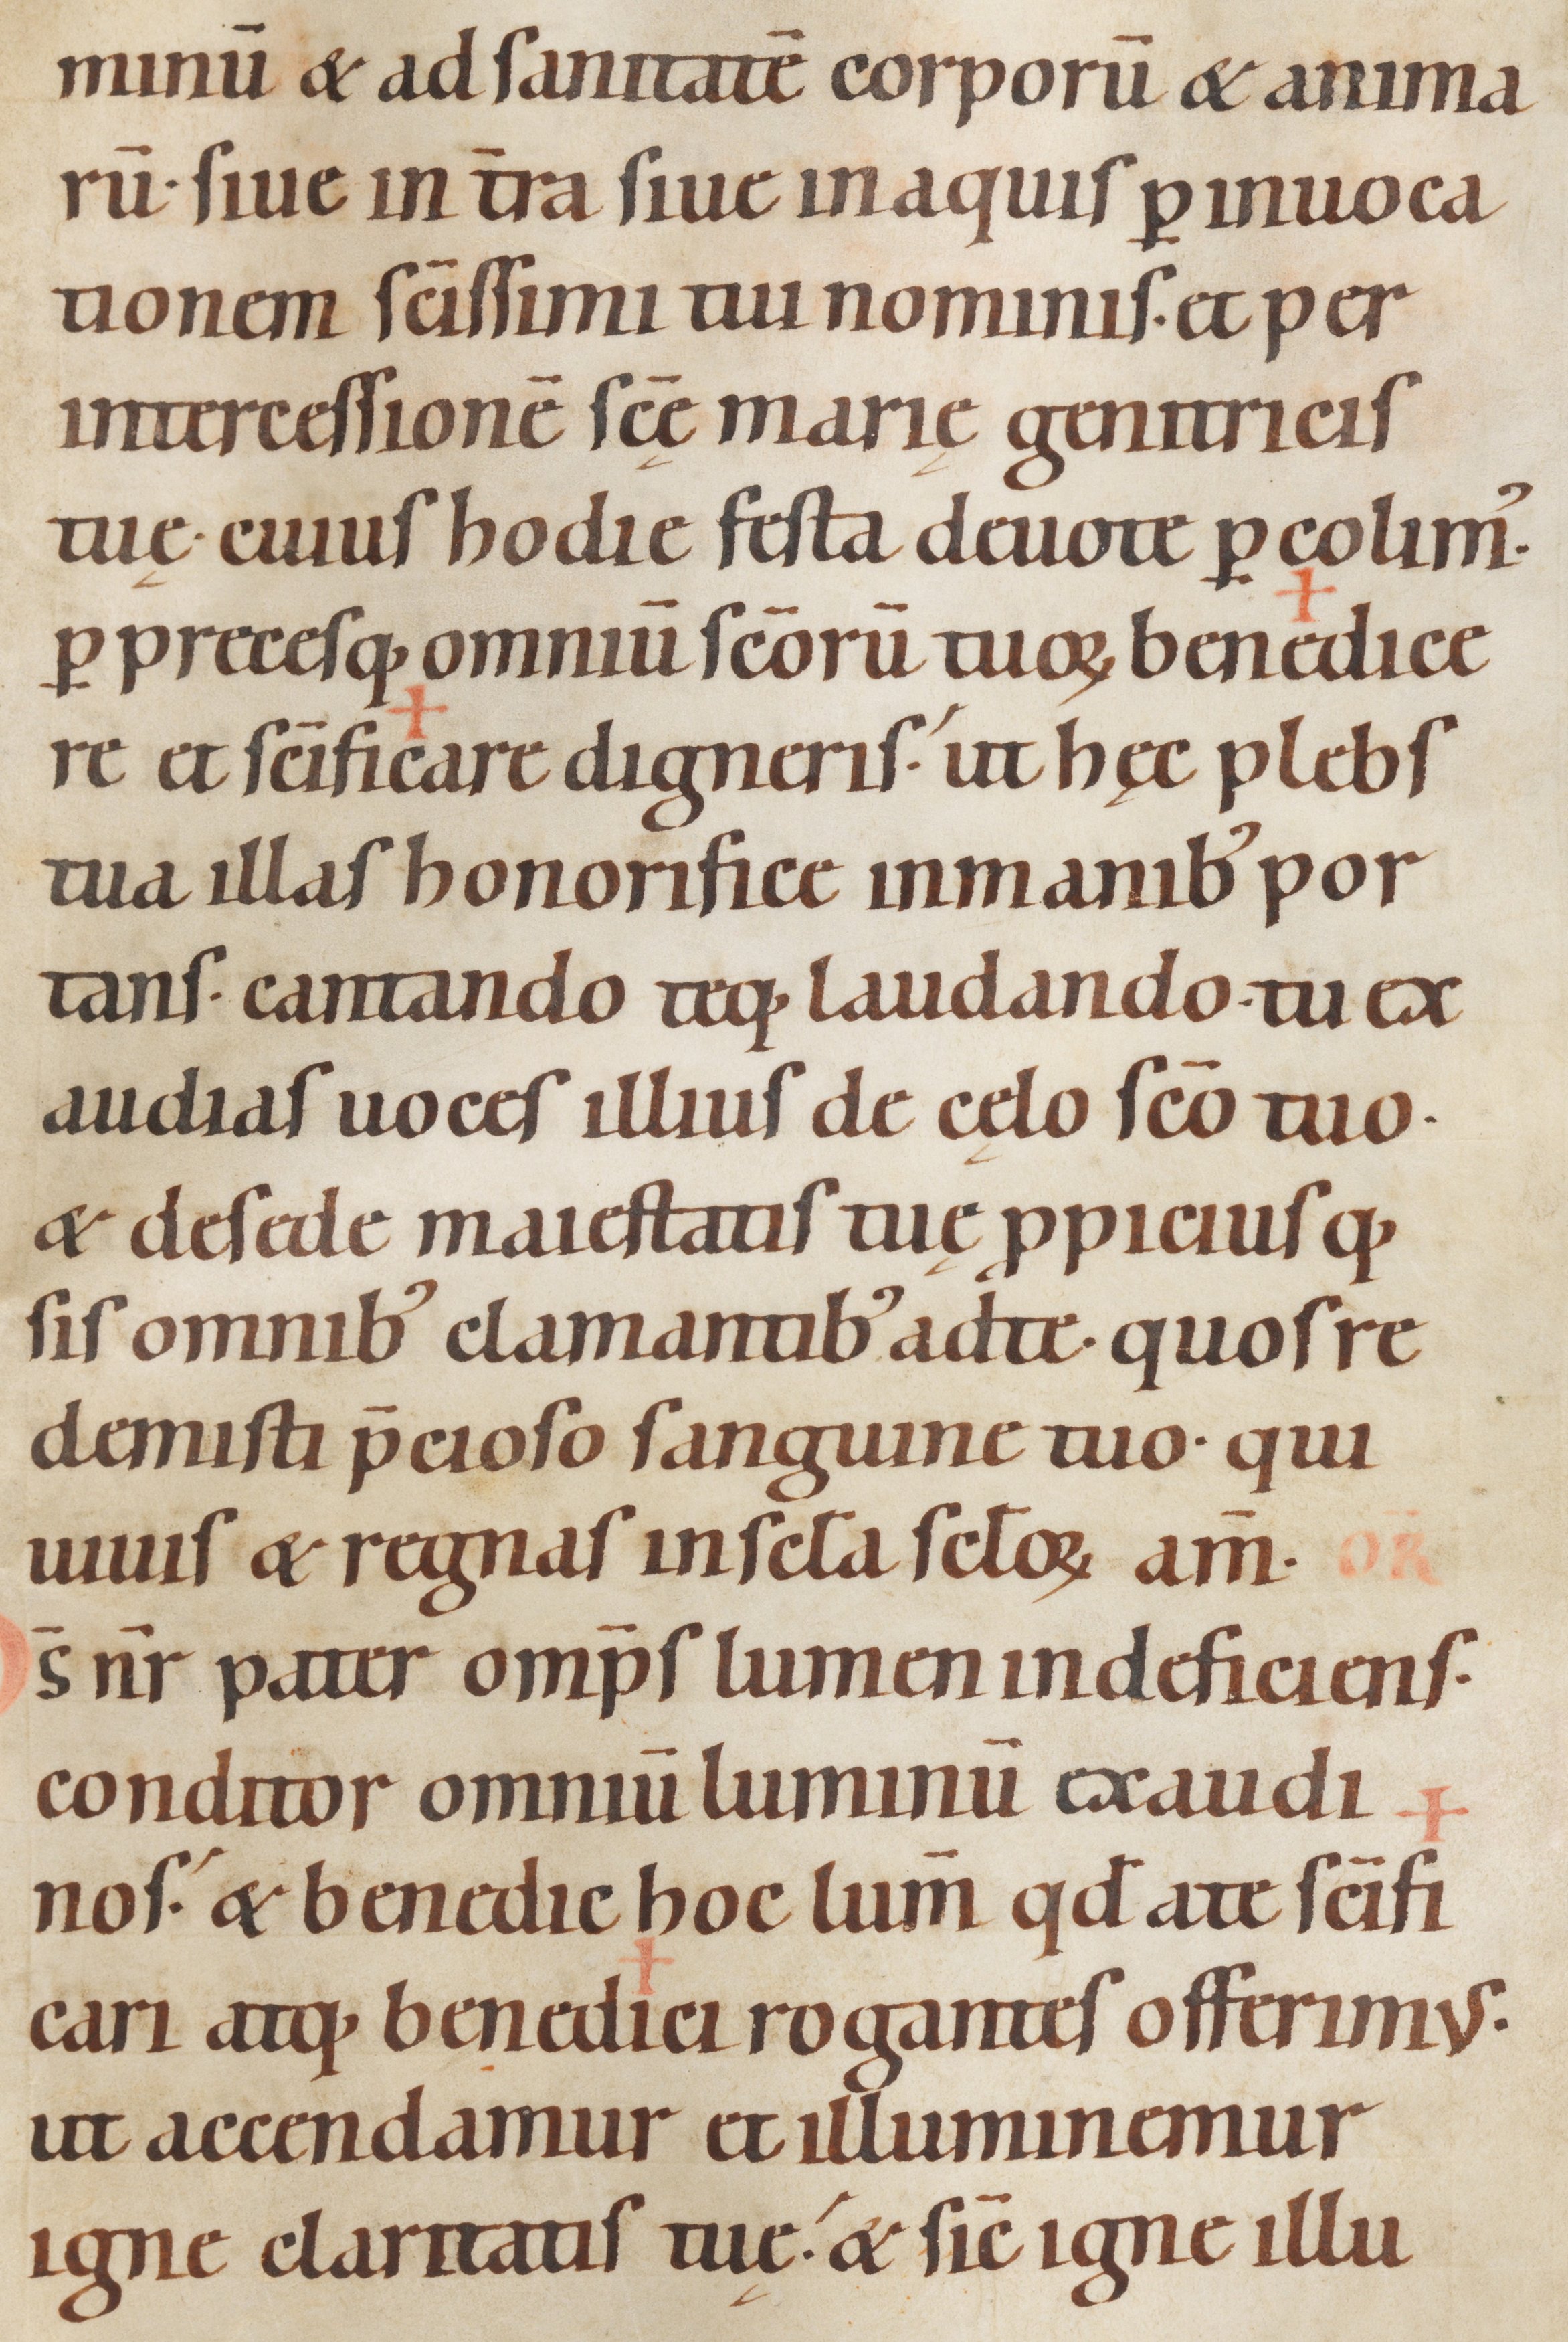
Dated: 1100–1199